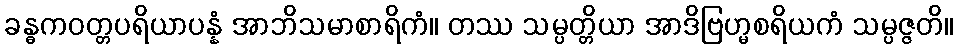
ခန္ဓကဝတ္တပရိယာပန္နံ အာဘိသမာစာရိကံ။ တဿ သမ္ပတ္တိယာ အာဒိဗြဟ္မစရိယကံ သမ္ပဇ္ဇတိ။